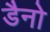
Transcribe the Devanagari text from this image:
डैनो